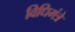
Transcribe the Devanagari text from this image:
विधिमंत्रे